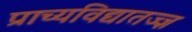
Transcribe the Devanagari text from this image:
प्राच्यविद्यातज्‍ज्ञ